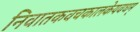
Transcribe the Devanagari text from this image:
निवातकवचकालकेयवधम्